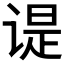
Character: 𬤊